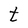
Character: t